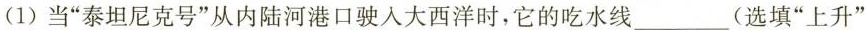
(1)当”泰坦尼克号”从内陆河港口驶入大西洋时，它的吃水线___(选填”上升”